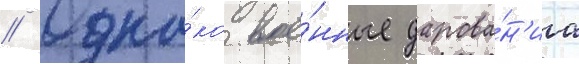
// Одна́ко вое́нные дарова́н'иа